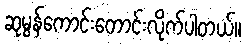
ဆုမွန်ကောင်းတောင်းလိုက်ပါတယ်။